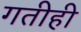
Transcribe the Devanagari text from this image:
गतीही